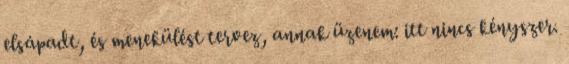
elsápadt, és menekülést tervez, annak üzenem: itt nincs kényszer.